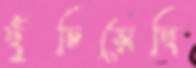
ছুঁচিয়েছি